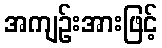
အကျဉ်းအားဖြင့်